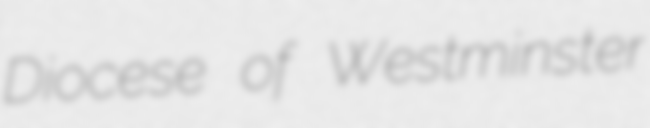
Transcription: Diocese of Westminster